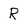
Character: R